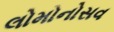
લોમોનોસવ